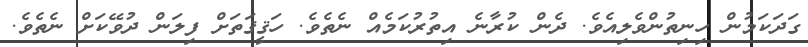
ގަދަކަމުން ހިނިތުންވެލިއެވެ. ދެން ކުރާނެ އިތުރުކަމެއް ނެތެވެ. ހަޤީޤަތަށް ފިލަން ދުވޭކަށް ނެތެވެ.